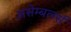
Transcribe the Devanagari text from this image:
असेम्बलर्स